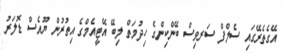
އޭގެތެރޭގައި ސެލްފް ސަރވިސް ބޭންކިންގެ ހިދުމަތް ލިބޭ އޭޓީއެމްގެ އިތުރުން ޔޫއެސް ޑޮލަރު